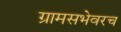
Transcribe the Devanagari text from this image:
ग्रामसभेवरच